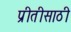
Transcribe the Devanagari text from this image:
प्रीतीसाठी